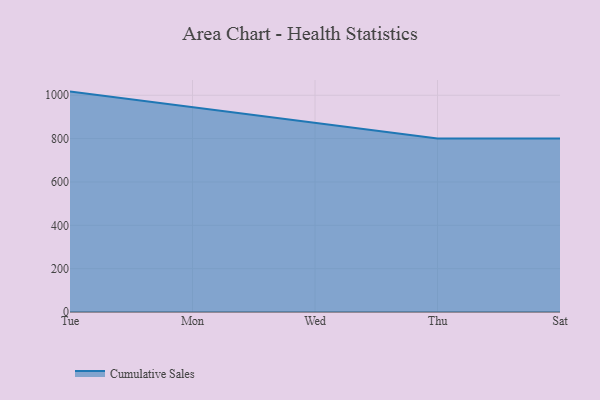
{"axis": {"x": "Day", "y": "Latency (ms)"}, "legend": ["Cumulative Sales"], "data": [{"x": "Tue", "y": 1016.8, "type": "Cumulative Sales"}, {"x": "Mon", "y": 943.8, "type": "Cumulative Sales"}, {"x": "Wed", "y": 871.4, "type": "Cumulative Sales"}, {"x": "Thu", "y": 800, "type": "Cumulative Sales"}, {"x": "Sat", "y": 800, "type": "Cumulative Sales"}]}